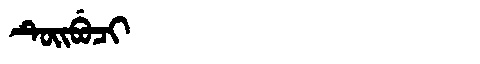
Manchu: ᡨᡠᡳᠪᡠᠴᡳ
Romanization: TUIBUCI